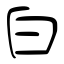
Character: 白